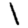
Digit: 1